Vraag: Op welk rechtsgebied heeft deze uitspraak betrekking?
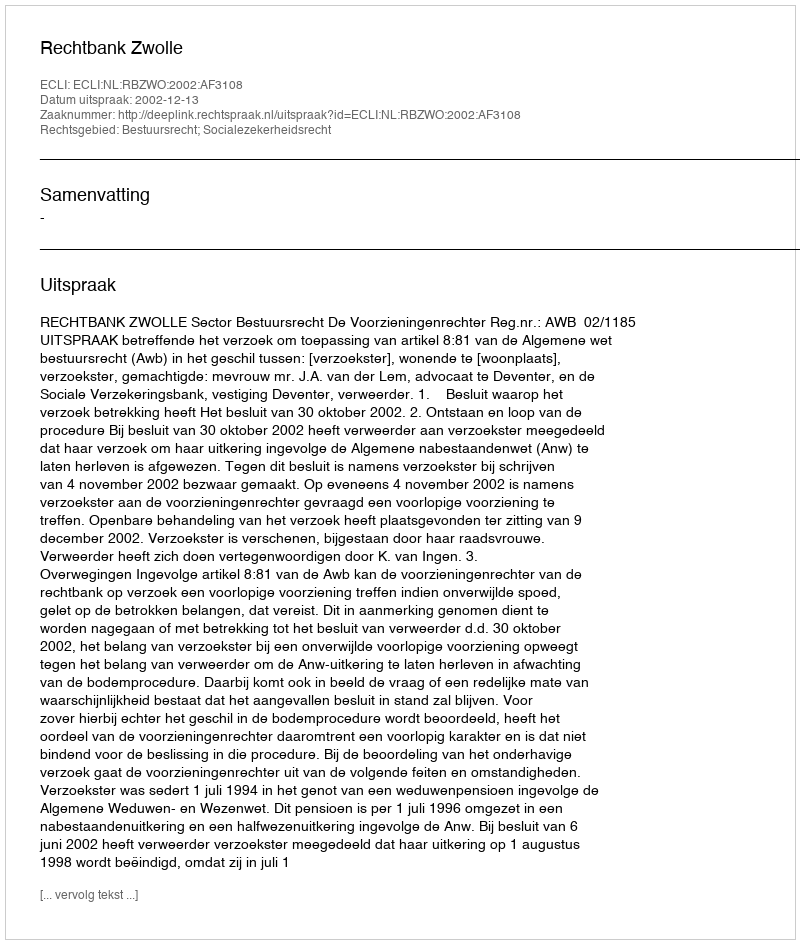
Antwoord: Bestuursrecht; Socialezekerheidsrecht